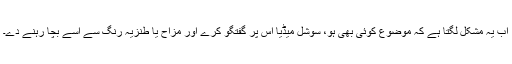
اب یہ مشکل لگتا ہے کہ موضوع کوئی بھی ہو، سوشل میڈیا اس پر گفتگو کرے اور مزاح یا طنزیہ رنگ سے اسے بچا رہنے دے۔